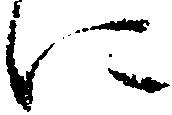
に